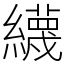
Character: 䌩